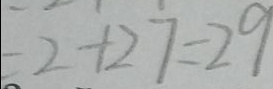
= 2 + 2 7 = 2 9